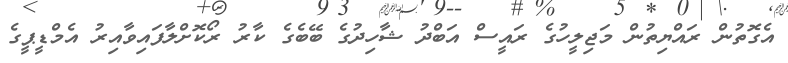
އެގޮތުން ރައްޔިތުން މަޖިލީހުގެ ރައީސް އަބްދު ޝާހިދުގެ ބޭބެގެ ކާރު ރޯކޮށްލާފައިވާއިރު އެމްޑީޕީގެ